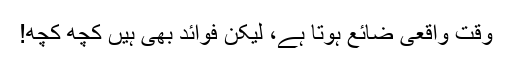
وقت واقعی ضائع ہوتا ہے، لیکن فوائد بھی ہیں کچھ کچھ!